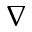
\nabla